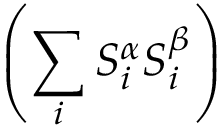
\left( \sum _ { i } S _ { i } ^ { \alpha } S _ { i } ^ { \beta } \right)